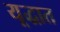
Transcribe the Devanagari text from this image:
यूद्धात